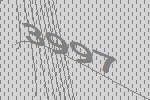
3997